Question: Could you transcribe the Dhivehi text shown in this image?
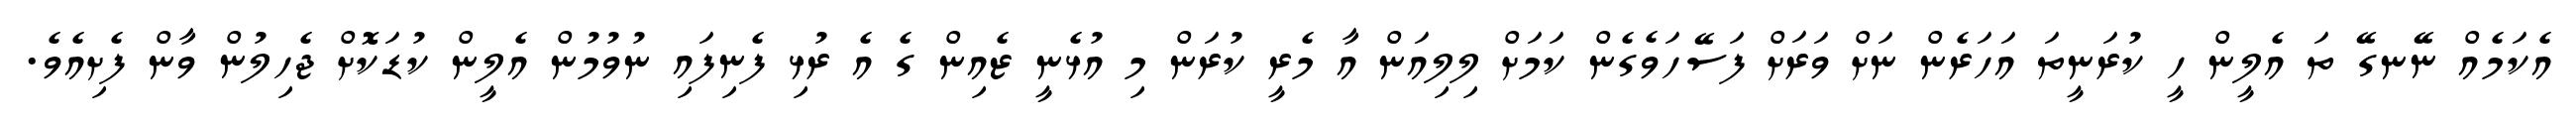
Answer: އެކަމެއް ނޭނގޭ ތަ އެލީން ހީ ކުރަނީތަ އަހަރެން ނަށް ވަރަށް ފަސޭހަވެގެން ކަމަށް ލިލިއަން އާ މެރީ ކުރަން މި އުޅެނީ ޒެއިން ގެ އެ ރުޅި ފެނިފައި ނުވުމުން އެލީން ކުޑަކޮށް ޖެހިލުން ވާން ފެށިއެވެ.